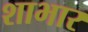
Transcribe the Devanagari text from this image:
शाभार